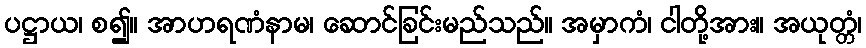
ပဋ္ဌာယ၊ စ၍။ အာဟရဏံနာမ၊ ဆောင်ခြင်းမည်သည်။ အမှာကံ၊ ငါတို့အား။ အယုတ္တံ၊